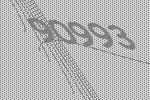
90993